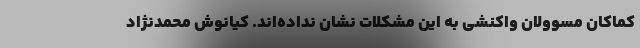
کماکان مسوولان واکنشی به این مشکلات نشان نداده‌اند. کیانوش محمدنژاد